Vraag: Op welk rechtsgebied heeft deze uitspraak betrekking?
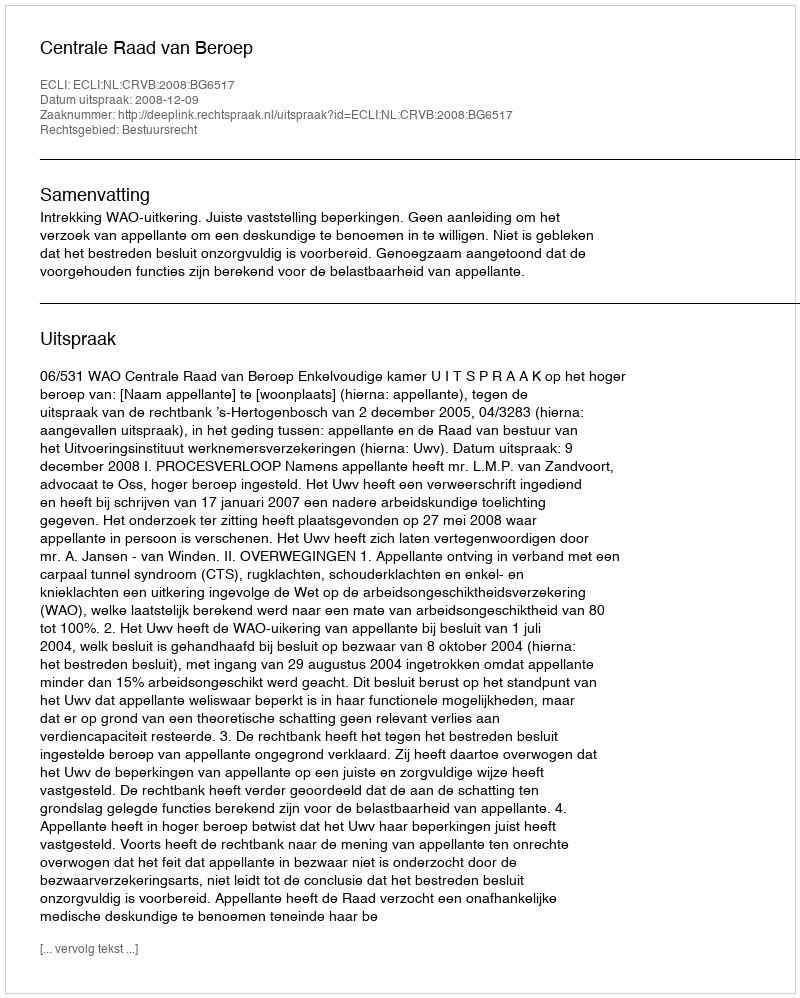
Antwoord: Bestuursrecht